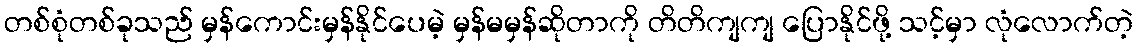
တစ်စုံတစ်ခုသည် မှန်ကောင်းမှန်နိုင်ပေမဲ့ မှန်မမှန်ဆိုတာကို တိတိကျကျ ပြောနိုင်ဖို့ သင့်မှာ လုံလောက်တဲ့